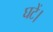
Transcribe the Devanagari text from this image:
घटें।